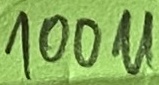
Text: 100u